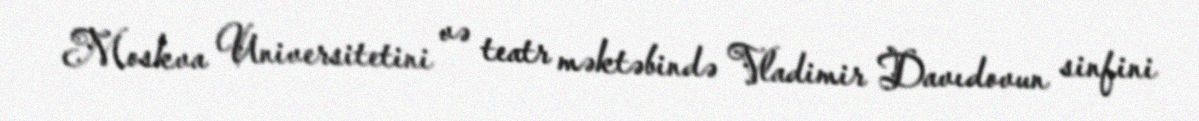
Moskva Universitetini və teatr məktəbində Vladimir Davıdovun sinfini